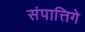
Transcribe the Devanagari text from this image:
संपात्तिगे